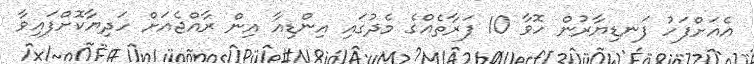
އެއަށްފަހު ފަނޑިޔާރުން ހޮވާ 10 ފަރާތެއްގެ މެދުގައި އިންޑިއާ އިން ރާއްޖެއަށް ހަދިޔާކޮށްފައިވާ